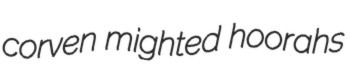
corven mighted hoorahs